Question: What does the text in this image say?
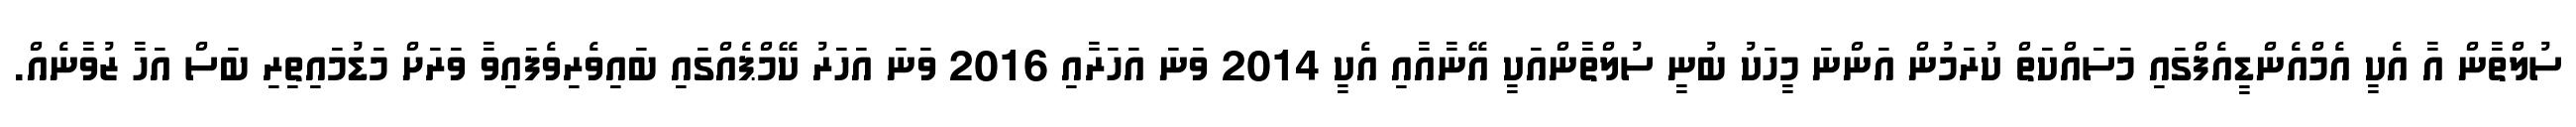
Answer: ސުލްތާން އާ އެކީ އެމްއެންޑީއެފްގައި މަސައްކަތް ކުރަމުން އަންނަ މީހަކު ބުނީ ސުލްތާންއަކީ އޭނާއާއި އެކީ 2014 ވަނަ އަހަރާއި 2016 ވަނަ އަހަރު ކޭމްޕެއްގައި ބައިވެރިވެފައިވާ ވަރަށް މަޑުމައިތިރި ބަސް އަހާ ޒުވާނެއް.